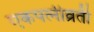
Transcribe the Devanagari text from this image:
एकपत्‍नीव्रती